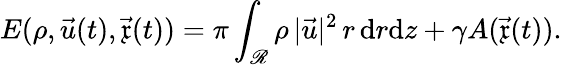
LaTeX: E(\rho,\vec{u}(t),\vec{\mathfrak{x}}(t))=\pi\int_{\mathscr{R}}\rho\, |\vec{u}|^{2}\, r\, \mathrm{d}r\mathrm{d}z+\gamma A(\vec{\mathfrak{x}}(t)).